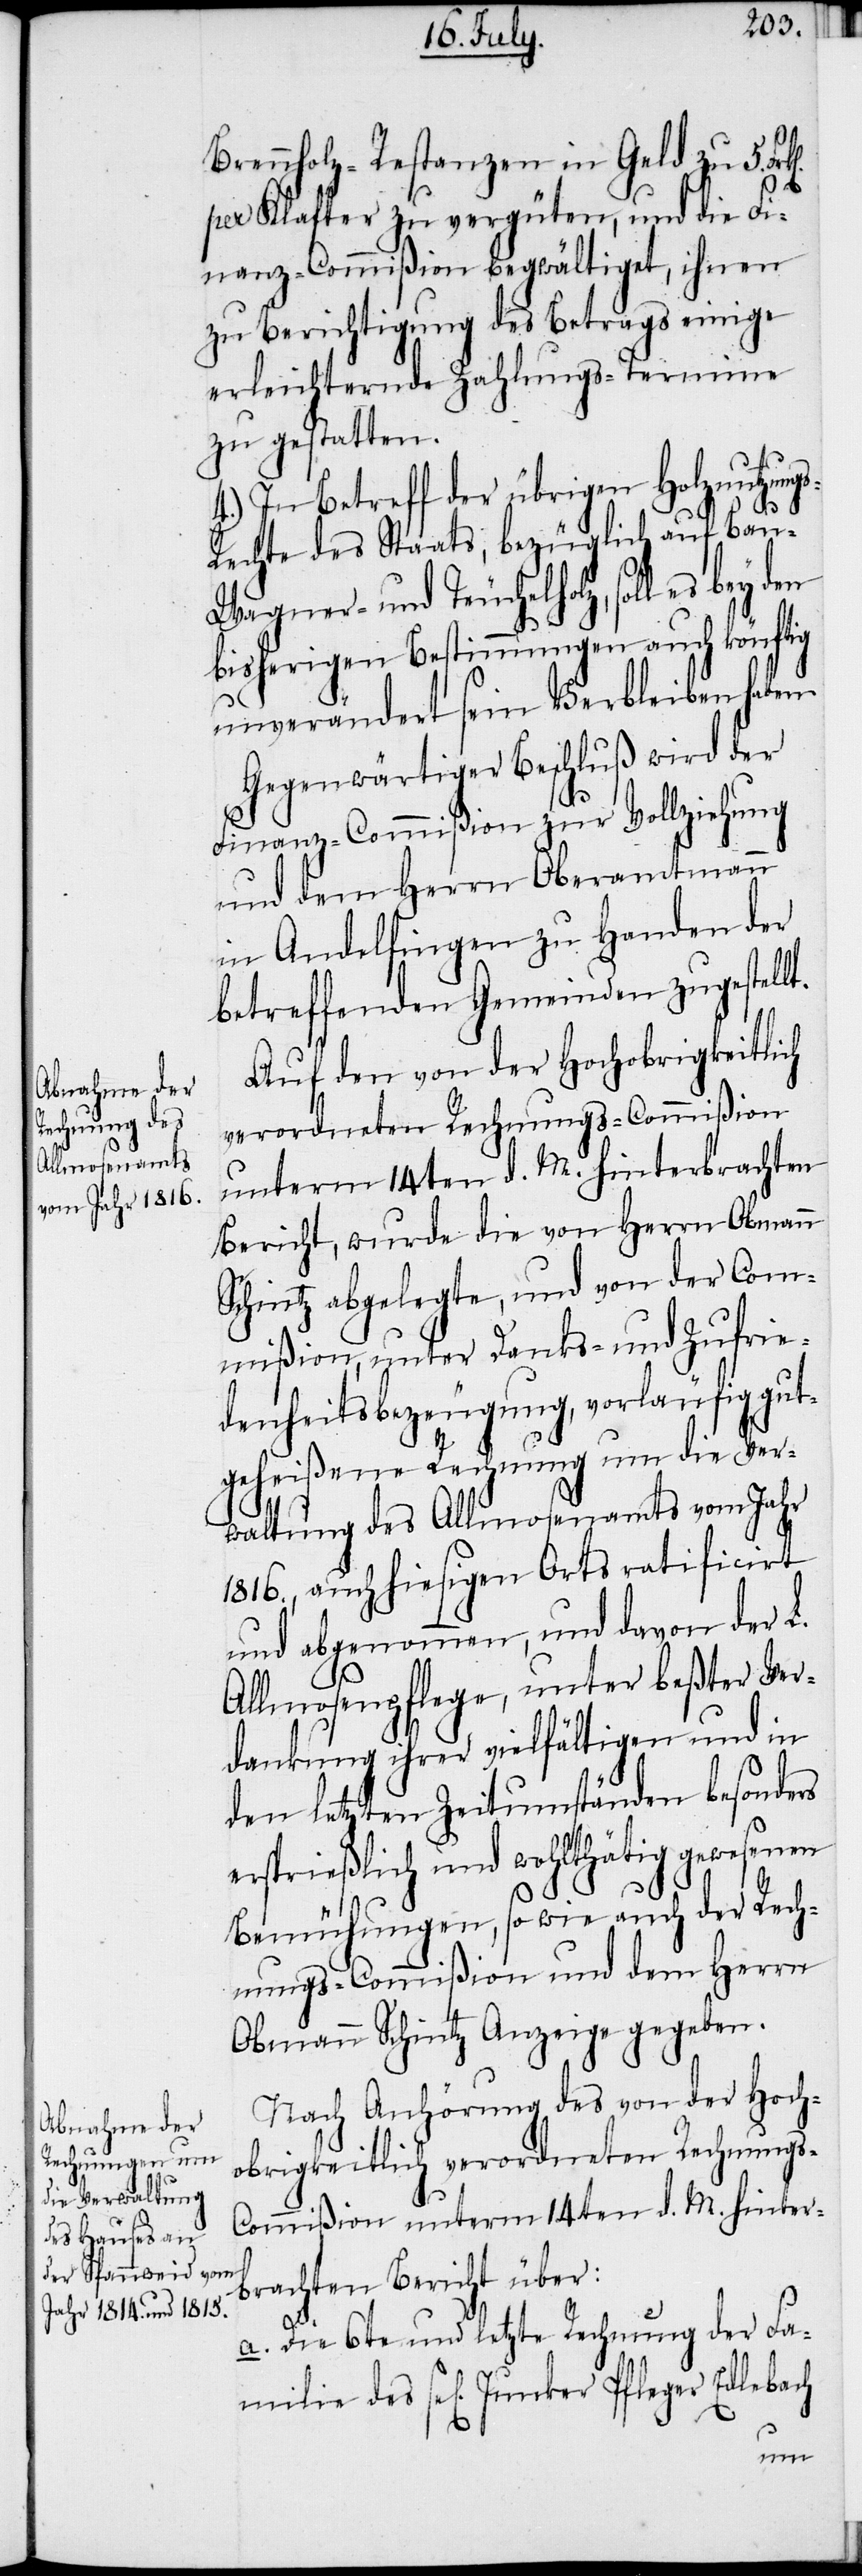
milie des

Brennholz-Restanzen in Geld zu 5.
per Klafter zu vergüten, und die Fi¬
nanz-Commißion begwältiget, ihnen
zu Berichtigung des Betrags einige
erleichternde Zahlungs-Termine
zu gestatten.
4.) In Betreff der übrigen Holznutzung¬
s-Rechte des Staats, bezüglich auf Bau-
Wagner- und Teuchelholz, soll es
bisherigen Bestimmungen auch könftig
unverändert sein Verbleiben haben.
Gegenwärtiger Beschluß wird der
Finanz-Commißion zur Vollziehung
und dem Herrn Oberamtmann
in Andelfingen zu Handen der
betreffenden Gemeinden zugestell¬
Auf den von der Hochobrigkeitlich
verordneten Rechnungs-Commißion
unterm 14ten d. M. hinterbrachten
Bericht, wurde die von Herrn Obmann
Schintz abgelegte, und von der Com¬
mißion, unter Danks- und Zufrie¬
denheitsbezeugung, vorläufig gut¬
geheißene Rechnung um die Ver¬
waltung des Allmosenamts vom Jahr
1816., auch hiesigen Orts ratificirt
und abgenommen, und davon der L.
Allmosenpflege, unter beßter Ver¬
dankung ihrer vielfältigen und in
den letzten Zeitumständen besonders
ersprießlich und wohlthätig gewesenen
Bemühungen, so wie auch der Rech¬
nungs-Commißion und dem Herrn
Obmann Schintz Anzeige gegeben.
Nach Anhörung des von der Hoch¬
obrigkeitlich verordneten Rechnungs-C¬
ommißion unterm 14ten d. M. hinter¬
brachten Bericht über:
a. Die 6te und letzte Rechnung der Fa¬

t.